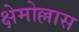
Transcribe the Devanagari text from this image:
क्षेमोल्लास